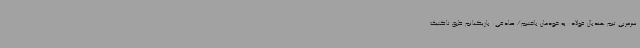
سرمربی تیم هندبال فولاد: به خودمان باختیم/ صادقی: بازیکنانم طبق تاکتیک